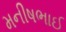
મનીષભાઈ